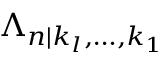
\Lambda _ { n | k _ { l } , \ldots , k _ { 1 } }